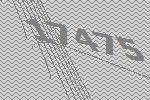
17475